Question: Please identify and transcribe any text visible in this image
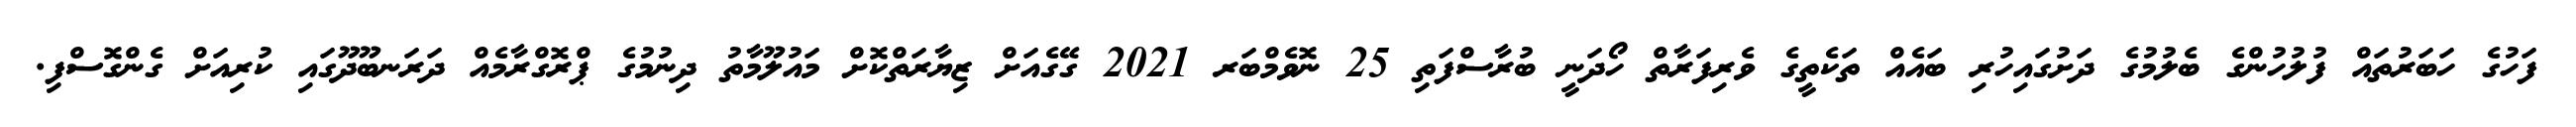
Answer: ފަހުގެ ހަބަރުތައް ފުލުހުންގެ ބެލުމުގެ ދަށުގައިހުރި ބައެއް ތަކެތީގެ ވެރިފަރާތް ހޯދަނީ ބުރާސްފަތި 25 ނޮވެމްބަރ 2021 ގޭގެއަށް ޒިޔާރަތްކޮށް މައުލޫމާތު ދިނުމުގެ ޕްރޮގްރާމެއް ދަރަނބޫދޫގައި ކުރިއަށް ގެންގޮސްފި.